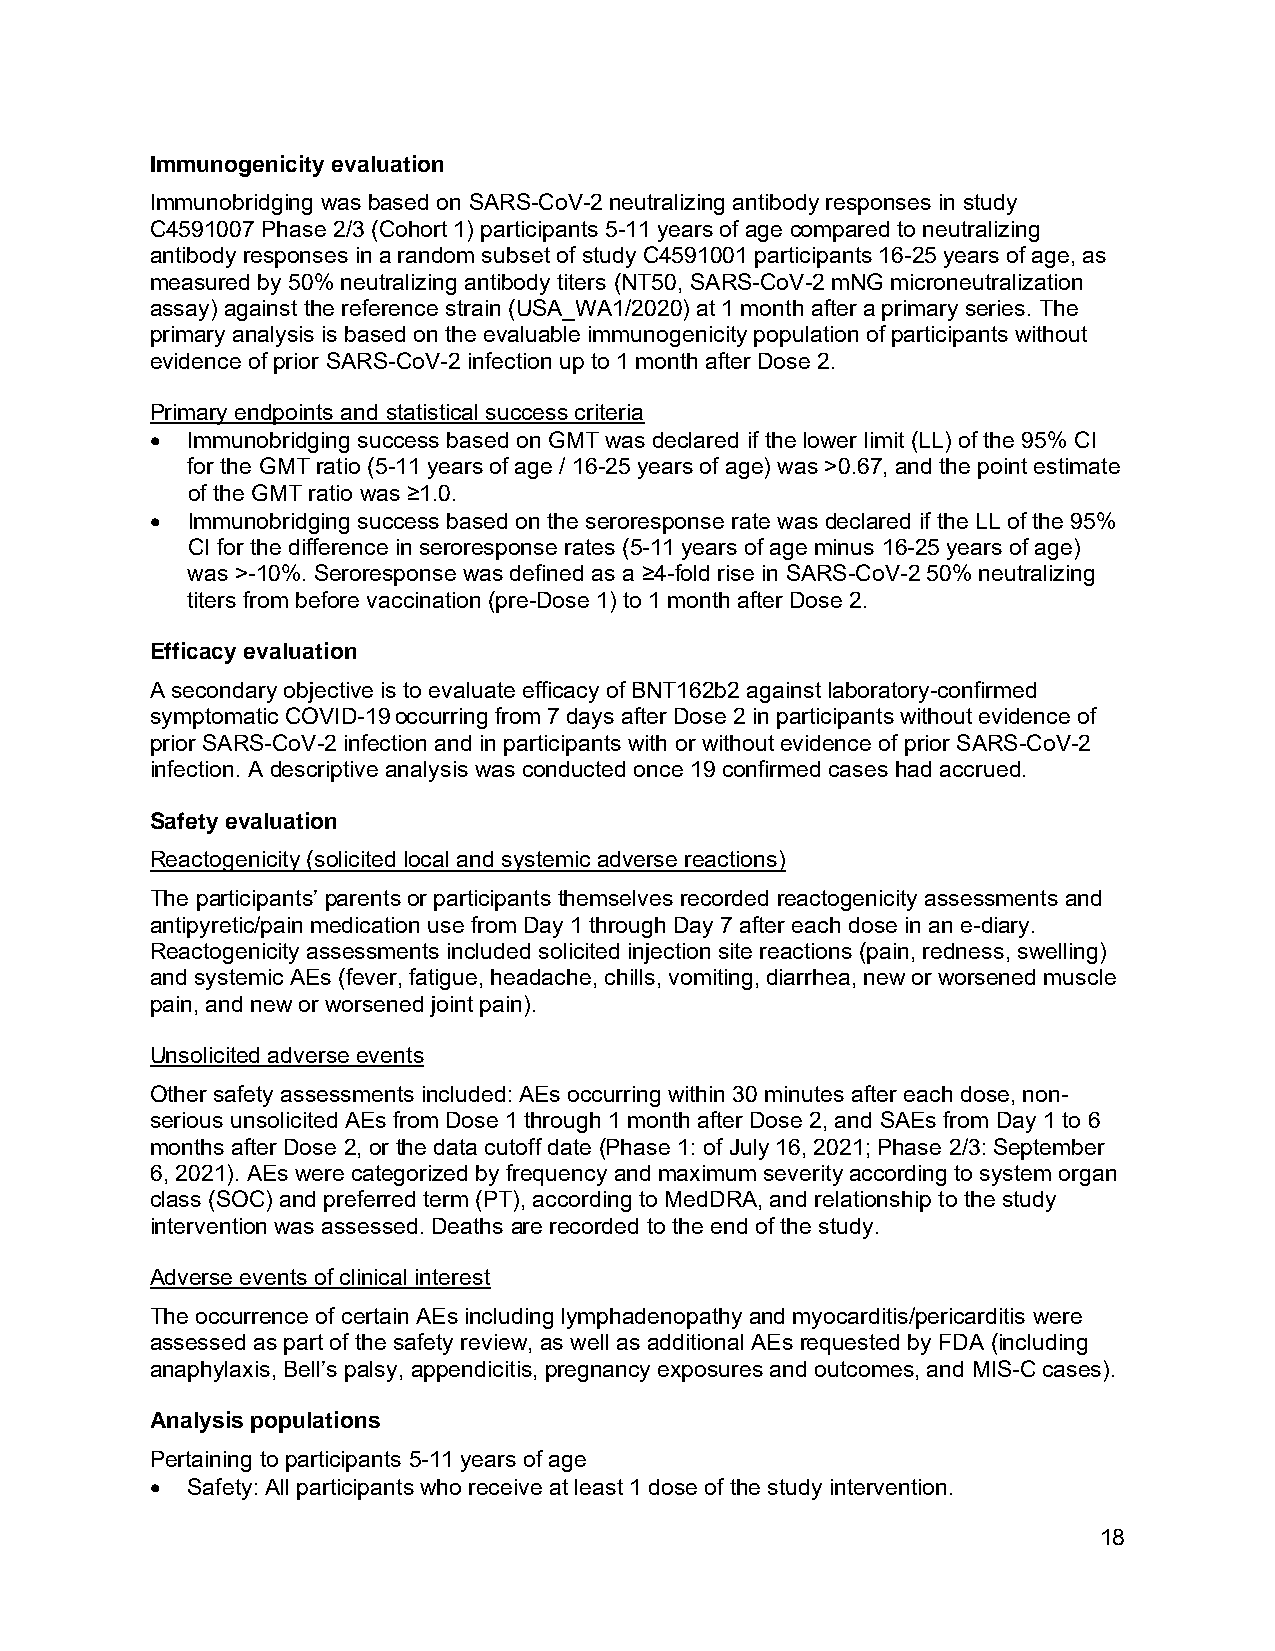
Immunogenicity evaluation
 Immunobridging was based on SARS-CoV-2 neutralizing antibody responses in study
 C4591007 Phase 2/3 (Cohort 1) participants 5-11 years of age compared to neutralizing
 antibody responses in a random subset of study C4591001 participants 16-25 years of age, as
 measured by 50% neutralizing antibody titers (NT50, SARS-CoV-2 mNG microneutralization
 assay) against the reference strain (USA_WA1/2020) at 1 month after a primary series. The
 primary analysis is based on the evaluable immunogenicity population of participants without
 evidence of prior SARS-CoV-2 infection up to 1 month after Dose 2.
 Primary endpoints and statistical success criteria
 • Immunobridging success based on GMT was declared if the lower limit (LL) of the 95% CI
 for the GMT ratio (5-11 years of age / 16-25 years of age) was >0.67, and the point estimate
 of the GMT ratio was ≥1.0.
 • Immunobridging success based on the seroresponse rate was declared if the LL of the 95%
 CI for the difference in seroresponse rates (5-11 years of age minus 16-25 years of age)
 was >-10%. Seroresponse was defined as a ≥4-fold rise in SARS-CoV-2 50% neutralizing
 titers from before vaccination (pre-Dose 1) to 1 month after Dose 2.
 Efficacy evaluation
 A secondary objective is to evaluate efficacy of BNT162b2 against laboratory-confirmed
 symptomatic COVID-19 occurring from 7 days after Dose 2 in participants without evidence of
 prior SARS-CoV-2 infection and in participants with or without evidence of prior SARS-CoV-2
 infection. A descriptive analysis was conducted once 19 confirmed cases had accrued.
 Safety evaluation
 Reactogenicity (solicited local and systemic adverse reactions)
 The participants’ parents or participants themselves recorded reactogenicity assessments and
 antipyretic/pain medication use from Day 1 through Day 7 after each dose in an e-diary.
 Reactogenicity assessments included solicited injection site reactions (pain, redness, swelling)
 and systemic AEs (fever, fatigue, headache, chills, vomiting, diarrhea, new or worsened muscle
 pain, and new or worsened joint pain).
 Unsolicited adverse events
 Other safety assessments included: AEs occurring within 30 minutes after each dose, non-
 serious unsolicited AEs from Dose 1 through 1 month after Dose 2, and SAEs from Day 1 to 6
 months after Dose 2, or the data cutoff date (Phase 1: of July 16, 2021; Phase 2/3: September
 6, 2021). AEs were categorized by frequency and maximum severity according to system organ
 class (SOC) and preferred term (PT), according to MedDRA, and relationship to the study
 intervention was assessed. Deaths are recorded to the end of the study.
 Adverse events of clinical interest
 The occurrence of certain AEs including lymphadenopathy and myocarditis/pericarditis were
 assessed as part of the safety review, as well as additional AEs requested by FDA (including
 anaphylaxis, Bell’s palsy, appendicitis, pregnancy exposures and outcomes, and MIS-C cases).
 Analysis populations
 Pertaining to participants 5-11 years of age
 • Safety: All participants who receive at least 1 dose of the study intervention.
 18